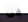
فى